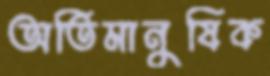
অতিমানুষিক